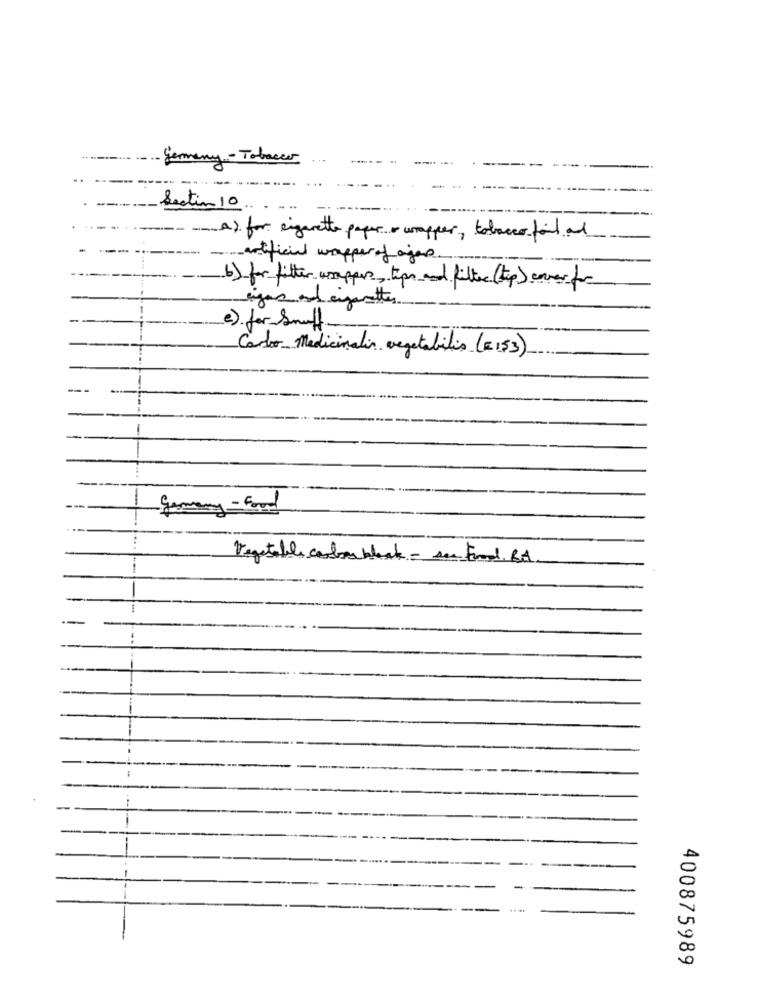
- germany - Tobacco
Section 10
A) for eigenette paper . umapper, tobacco fait al
artificial wrapper of ajen.
b) for filter umsuppers, tips and filter (tep) cover for
rigas and cigarettes
-.
e) for Snuff.
Carlo Medicinalis vegetabilis (=153).
-
germany-Food
Vegetable combos block - see Food, BA
1
400875989